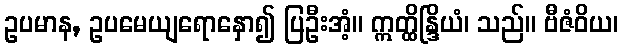
ဥပမာန, ဥပမေယျရောနှော၍ ပြဦးအံ့။ ဣတ္ထိန္ဒြိယံ၊ သည်။ ဗီဇံဝိယ၊